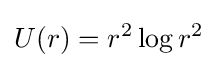
U(r)=r^{2}\log r^{2}\!